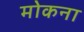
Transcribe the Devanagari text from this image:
मोकना